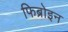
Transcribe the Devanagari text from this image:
फिब्रोइन